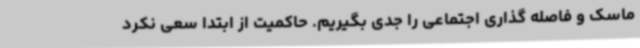
ماسک و فاصله گذاری اجتماعی را جدی بگیریم. حاکمیت از ابتدا سعی نکرد